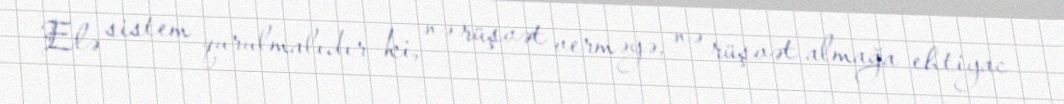
Elə sistem qurulmalıdır ki, nə rüşvət verməyə, nə rüşvət almağa ehtiyac